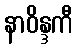
နာဝိန္ဒကီ